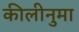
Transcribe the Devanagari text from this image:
कीलीनुमा